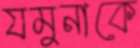
যমুনাকে